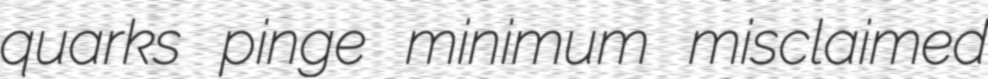
quarks pinge minimum misclaimed